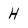
Character: H